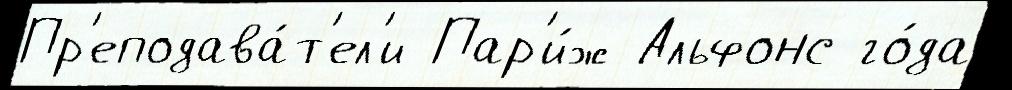
Пр'еподава́т'ел'и Пар'и́ж Альфонс го́да